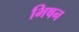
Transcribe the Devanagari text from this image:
भिषन